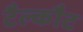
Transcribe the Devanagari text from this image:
टैल्कौट